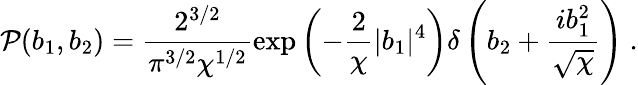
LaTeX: \mathcal{P}(b_{1},b_{2})=\frac{2^{3/2}}{\pi^{3/2}\chi^{1/2}}\exp\left(-\frac{2}{\chi}|b_{1}|^{4}\right)\delta\left(b_{2}+\frac{ib_{1}^{2}}{\sqrt{\chi}}\right)\ .